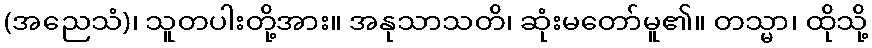
(အညေသံ)၊ သူတပါးတို့အား။ အနုသာသတိ၊ ဆုံးမတော်မူ၏။ တသ္မာ၊ ထိုသို့